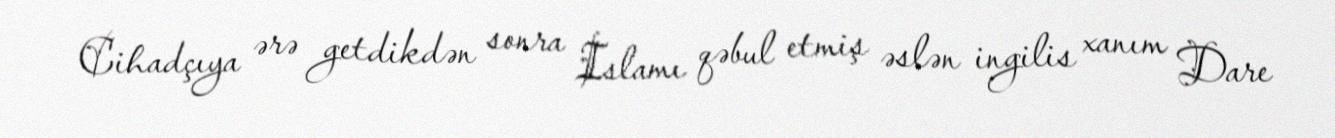
Cihadçıya ərə getdikdən sonra İslamı qəbul etmiş əslən ingilis xanım Dare